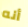
أنه